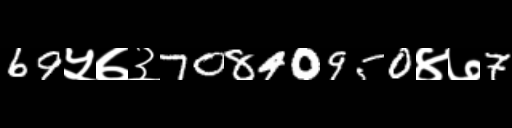
Text: 69५७३70840950४७7